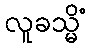
လူခသ္မိံ